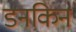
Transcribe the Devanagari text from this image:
डनकिन